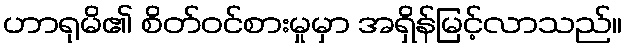
ဟာရုမိ၏ စိတ်ဝင်စားမှုမှာ အရှိန်မြင့်လာသည်။